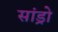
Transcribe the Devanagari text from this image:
सांड्रो